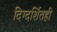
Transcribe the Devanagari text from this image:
दिग्दर्शितही